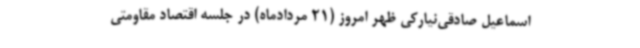
اسماعیل صادقی‌نیارکی ظهر امروز (21 مردادماه) در جلسه اقتصاد مقاومتی